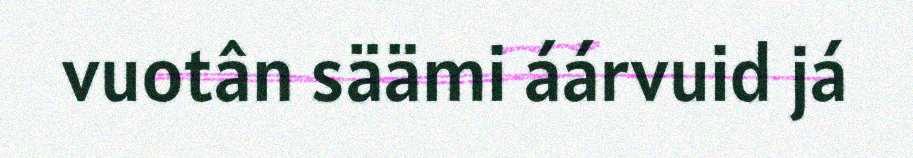
vuotân säämi áárvuid já